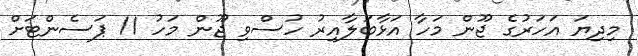
މިދިޔަ އަހަރުގެ ޖޫން މަހާ އަޅާބަލާއިރު ހުސްވި ޖޫން މަހު 11 ޕަސެންޓަށް